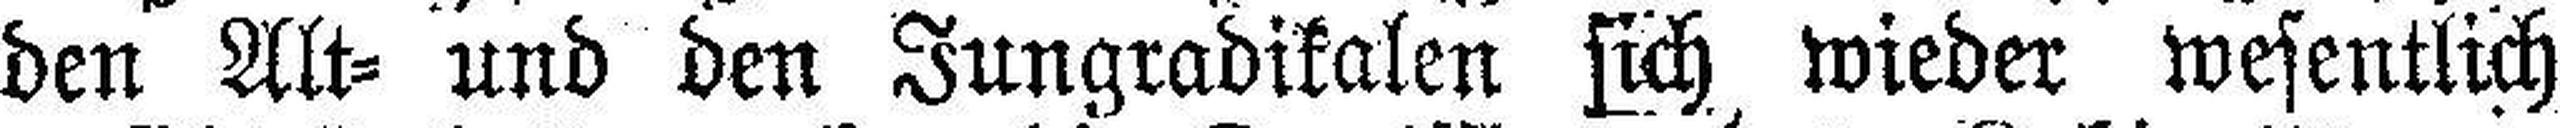
den Alt= und den Jungradikalen sich wieder wesentlich